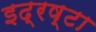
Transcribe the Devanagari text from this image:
इद्रष्टा